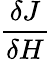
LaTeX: \frac{\delta J}{\delta H}